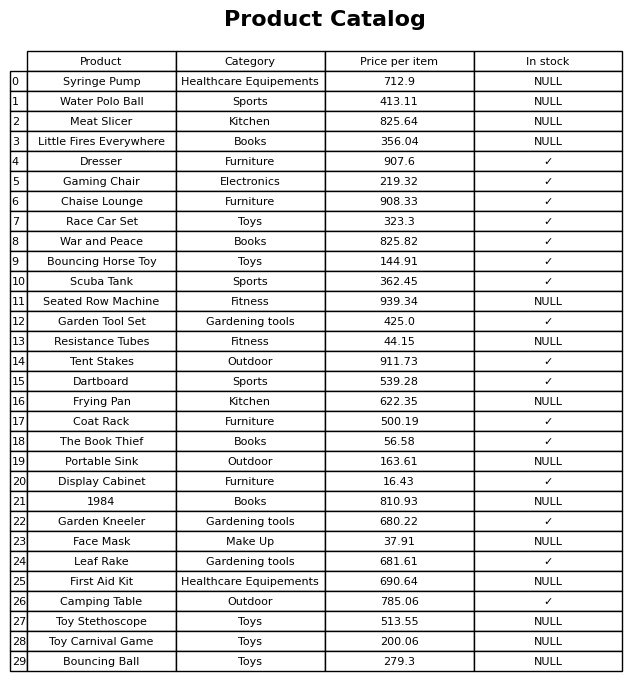
question: What is the price for Scuba Tank?
answer: The price of Scuba Tank is 362.45.